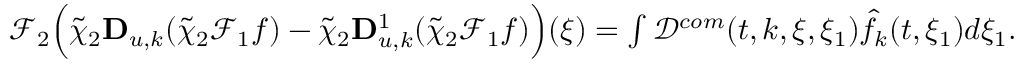
\begin{array} { r } { \mathcal { F } _ { 2 } \Big ( \tilde { \chi } _ { 2 } \mathbf { D } _ { u , k } ( \tilde { \chi } _ { 2 } \mathcal { F } _ { 1 } f ) - \tilde { \chi } _ { 2 } \mathbf { D } _ { u , k } ^ { 1 } ( \tilde { \chi } _ { 2 } \mathcal { F } _ { 1 } f ) \Big ) ( \xi ) = \int \mathcal { D } ^ { c o m } ( t , k , \xi , \xi _ { 1 } ) \hat { f } _ { k } ( t , \xi _ { 1 } ) d \xi _ { 1 } . } \end{array}